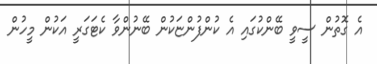
އެ ގޮތުން ސީވީ ބޭންކުގައި އެ ކުންފުންޏަކުން ބޭނުންވާ ކެޓަގަރީ އަކުން މީހުން